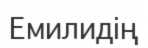
Емилидің